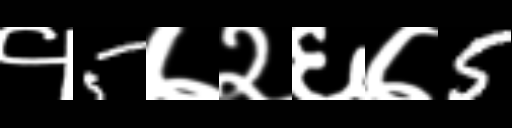
Text: १5७२६७5